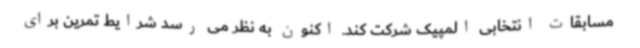
مسابقات انتخابی المپیک شرکت کند. اکنون به نظر می رسد شرایط تمرین برای